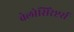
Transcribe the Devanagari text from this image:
वेलोसिरेप्टर्स